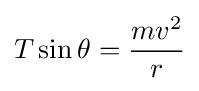
T\sin \theta ={\frac {mv^{2}}{r}}